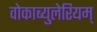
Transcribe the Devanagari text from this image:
वोकाब्युलेरियम्